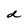
Character: d